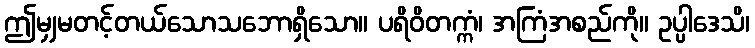
ဤမျှမတင့်တယ်သောသဘောရှိသော။ ပရိဝိတက္ကံ၊ အကြံအစည်ကို။ ဥပ္ပါဒေသိ၊